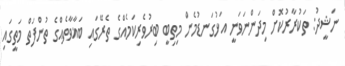
ނަޝީދު: ތަކުރާރުކޮށް މިދަންނަވަނީ އަޅުގަނޑުމެން މިތިބީ ބިރުވެރިކަމެއްގެ ތެރޭގައި ބަޣާވާތެއްގެ ތުންފަތް މަތީގައި